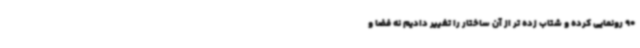
90 رونمایی کرده و شتاب زده تر از آن ساختار را تغییر دادیم نه فضا و